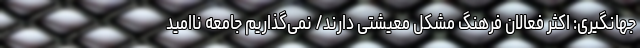
جهانگیری: اکثر فعالان فرهنگ مشکل معیشتی دارند/ نمی‌گذاریم جامعه ناامید